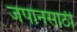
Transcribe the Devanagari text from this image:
जपानसाठी